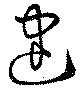
建